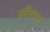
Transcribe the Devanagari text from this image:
प्रतिकाल